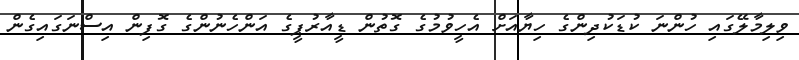
ވިލިމާލޭގައި ހުންނަ ކުޑަކުދިންގެ ހިޔާއަށް އެހީވުމުގެ ގޮތުން ޑީއާރުޕީގެ އަންހެނުންގެ ގޮފިން އިސްނަގައިގެން